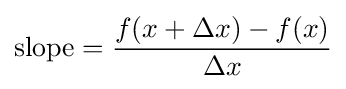
{\text{slope}}={\frac {f(x+\Delta x)-f(x)}{\Delta x}}